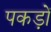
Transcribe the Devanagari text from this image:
पकड़ों